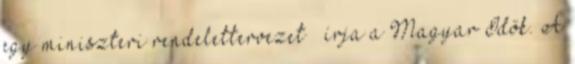
egy miniszteri rendelettervezet – írja a Magyar Idők. A